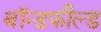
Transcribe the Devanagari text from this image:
बॉन्डफील्ड